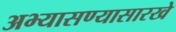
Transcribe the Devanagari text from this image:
अभ्यासण्यासारखे